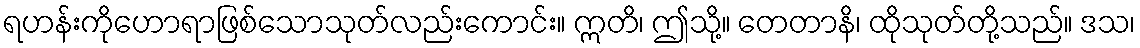
ရဟန်းကိုဟောရာဖြစ်သောသုတ်လည်းကောင်း။ ဣတိ၊ ဤသို့။ တေတာနိ၊ ထိုသုတ်တို့သည်။ ဒသ၊